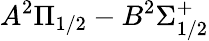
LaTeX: A^{2}\Pi_{1/2}-B^{2}\Sigma_{1/2}^{+}